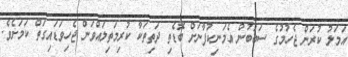
އަމަލު ކުރަން ޖެހުމުގެ ސަބަބުން އެމަނިކުފާނަށް ބޮޑެތި ދަތިތަކާ ކުރިމަތިލައްވަން ޖެހިވަޑައިގަތް ކަމަށެވެ.